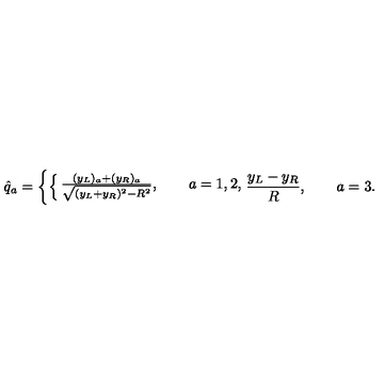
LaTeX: { \hat { q } } _ { a } = \left\{ \begin{cases} { { \frac { ( y _ { L } ) _ { a } + ( y _ { R } ) _ { a } } { \sqrt { ( y _ { L } + y _ { R } ) ^ { 2 } - R ^ { 2 } } } } , \qquad a = 1 , 2 , } \\ { { \frac { y _ { L } - y _ { R } } { R } } , \qquad a = 3 . } \\ \end{cases} \right.